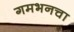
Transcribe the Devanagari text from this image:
गमभनचा